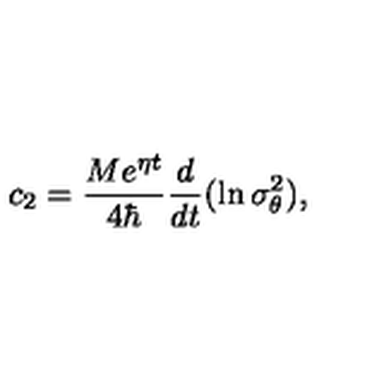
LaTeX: c _ { 2 } = \frac { M e ^ { \eta t } } { 4 \hbar } \frac d { d t } ( \ln \sigma _ { \theta } ^ { 2 } ) ,